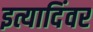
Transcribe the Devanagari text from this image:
इत्यादिंवर